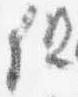
但